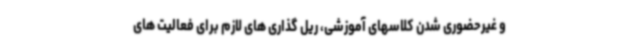
و غیرحضوری شدن کلاسهای آموزشی، ریل گذاری های لازم برای فعالیت های